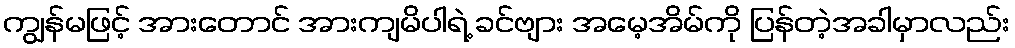
ကျွန်မဖြင့် အားတောင် အားကျမိပါရဲ့ ခင်ဗျား အမေ့အိမ်ကို ပြန်တဲ့အခါမှာလည်း